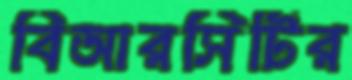
বিআরসিটির